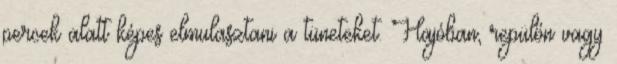
percek alatt képes elmulasztani a tüneteket. Hajóban, repülőn vagy